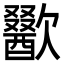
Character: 歠